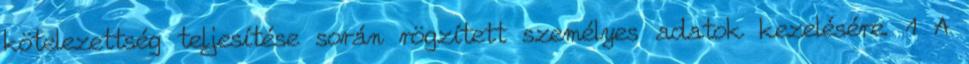
kötelezettség teljesítése során rögzített személyes adatok kezelésére. 1 A